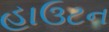
હાઉટન